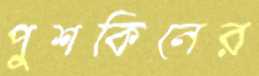
পুশকিনের